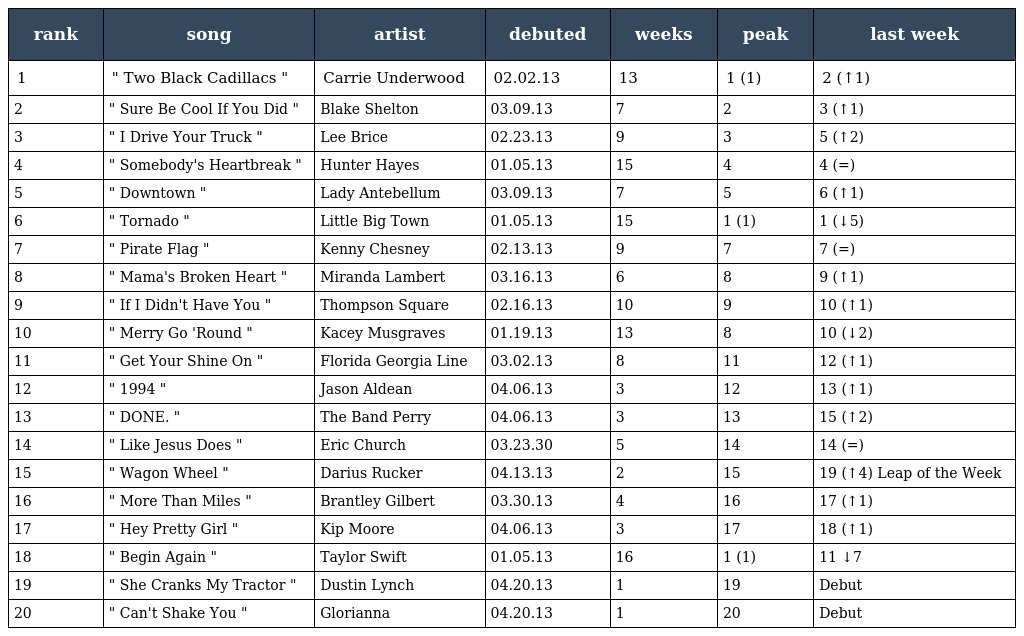
| rank | song | artist | debuted | weeks | peak | last week |
 | --- | --- | --- | --- | --- | --- | --- |
 | 1 | " Two Black Cadillacs " | Carrie Underwood | 02.02.13 | 13 | 1 (1) | 2 (↑1) |
 | 2 | " Sure Be Cool If You Did " | Blake Shelton | 03.09.13 | 7 | 2 | 3 (↑1) |
 | 3 | " I Drive Your Truck " | Lee Brice | 02.23.13 | 9 | 3 | 5 (↑2) |
 | 4 | " Somebody's Heartbreak " | Hunter Hayes | 01.05.13 | 15 | 4 | 4 (=) |
 | 5 | " Downtown " | Lady Antebellum | 03.09.13 | 7 | 5 | 6 (↑1) |
 | 6 | " Tornado " | Little Big Town | 01.05.13 | 15 | 1 (1) | 1 (↓5) |
 | 7 | " Pirate Flag " | Kenny Chesney | 02.13.13 | 9 | 7 | 7 (=) |
 | 8 | " Mama's Broken Heart " | Miranda Lambert | 03.16.13 | 6 | 8 | 9 (↑1) |
 | 9 | " If I Didn't Have You " | Thompson Square | 02.16.13 | 10 | 9 | 10 (↑1) |
 | 10 | " Merry Go 'Round " | Kacey Musgraves | 01.19.13 | 13 | 8 | 10 (↓2) |
 | 11 | " Get Your Shine On " | Florida Georgia Line | 03.02.13 | 8 | 11 | 12 (↑1) |
 | 12 | " 1994 " | Jason Aldean | 04.06.13 | 3 | 12 | 13 (↑1) |
 | 13 | " DONE. " | The Band Perry | 04.06.13 | 3 | 13 | 15 (↑2) |
 | 14 | " Like Jesus Does " | Eric Church | 03.23.30 | 5 | 14 | 14 (=) |
 | 15 | " Wagon Wheel " | Darius Rucker | 04.13.13 | 2 | 15 | 19 (↑4) Leap of the Week |
 | 16 | " More Than Miles " | Brantley Gilbert | 03.30.13 | 4 | 16 | 17 (↑1) |
 | 17 | " Hey Pretty Girl " | Kip Moore | 04.06.13 | 3 | 17 | 18 (↑1) |
 | 18 | " Begin Again " | Taylor Swift | 01.05.13 | 16 | 1 (1) | 11 ↓7 |
 | 19 | " She Cranks My Tractor " | Dustin Lynch | 04.20.13 | 1 | 19 | Debut |
 | 20 | " Can't Shake You " | Glorianna | 04.20.13 | 1 | 20 | Debut |